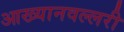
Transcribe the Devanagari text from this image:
आख्यानवल्लरी